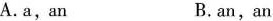
A.a,an B.an,an